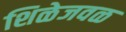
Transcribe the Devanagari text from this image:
शिळेजवळ